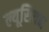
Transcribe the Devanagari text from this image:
ल्यूसियन